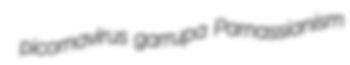
picornavirus garrupa Parnassianism